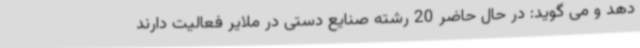
دهد و می گوید: در حال حاضر 20 رشته صنایع دستی در ملایر فعالیت دارند